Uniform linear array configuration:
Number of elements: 12
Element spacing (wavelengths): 0.25
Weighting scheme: exponential
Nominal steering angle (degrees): -60
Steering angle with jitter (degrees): -58.128
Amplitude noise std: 0.05
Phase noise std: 0.05

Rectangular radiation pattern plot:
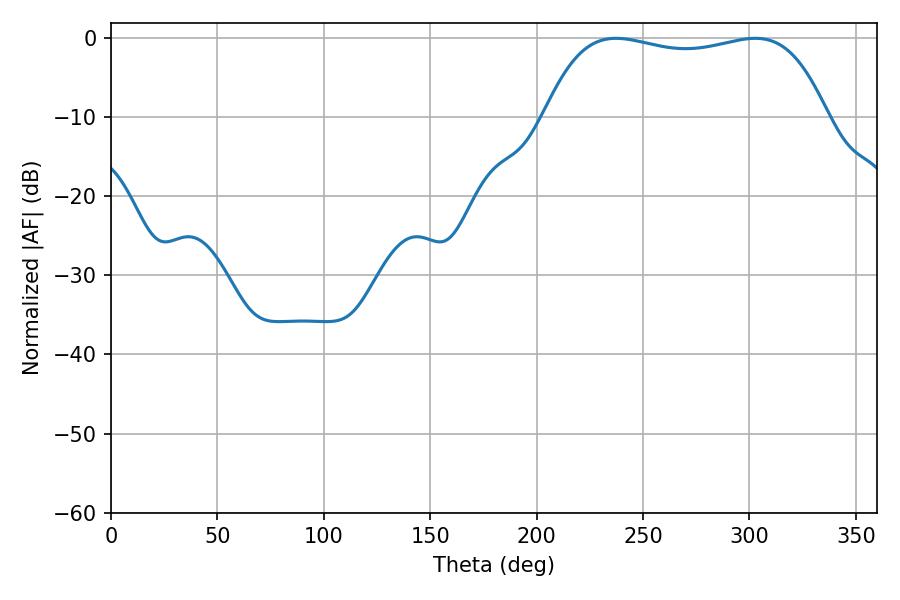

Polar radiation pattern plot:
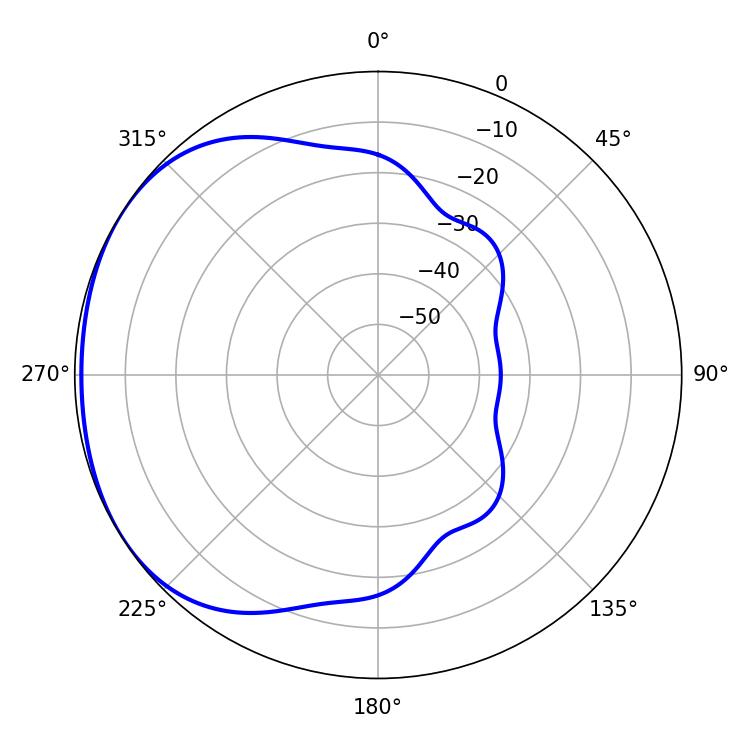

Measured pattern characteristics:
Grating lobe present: FALSE
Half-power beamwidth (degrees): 106.56
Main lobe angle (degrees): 237.24